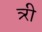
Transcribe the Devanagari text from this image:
त्र्री